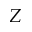
Z